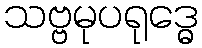
သဗ္ဗမုပရုဒ္ဓေ